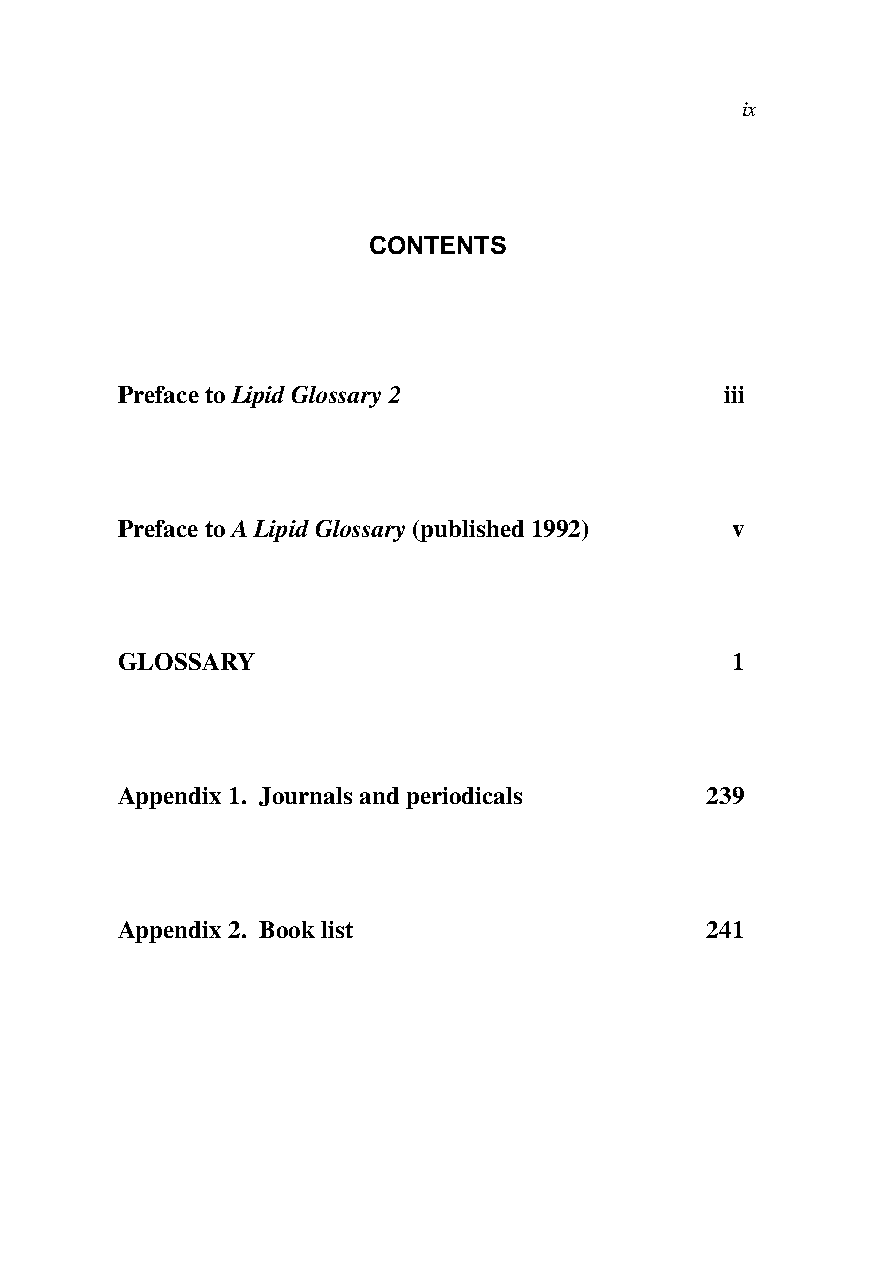
ix
 CONTENTS
 Preface to Lipid Glossary 2             iii
 Preface to A Lipid Glossary (published 1992) v
 GLOSSARY                                1
 Appendix 1. Journals and periodicals   239
 Appendix 2. Book list                  241